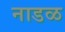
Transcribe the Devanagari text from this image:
नाडळ